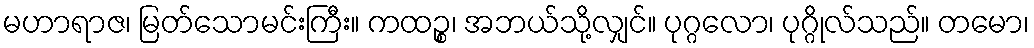
မဟာရာဇ၊ မြတ်သောမင်းကြီး။ ကထဉ္စ၊ အဘယ်သို့လျှင်။ ပုဂ္ဂလော၊ ပုဂ္ဂိုလ်သည်။ တမော၊